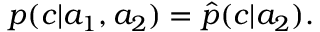
\begin{array} { r } { p ( c | a _ { 1 } , a _ { 2 } ) = \hat { p } ( c | a _ { 2 } ) . } \end{array}